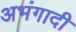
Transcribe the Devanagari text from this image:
अभंगादी